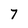
Character: 7